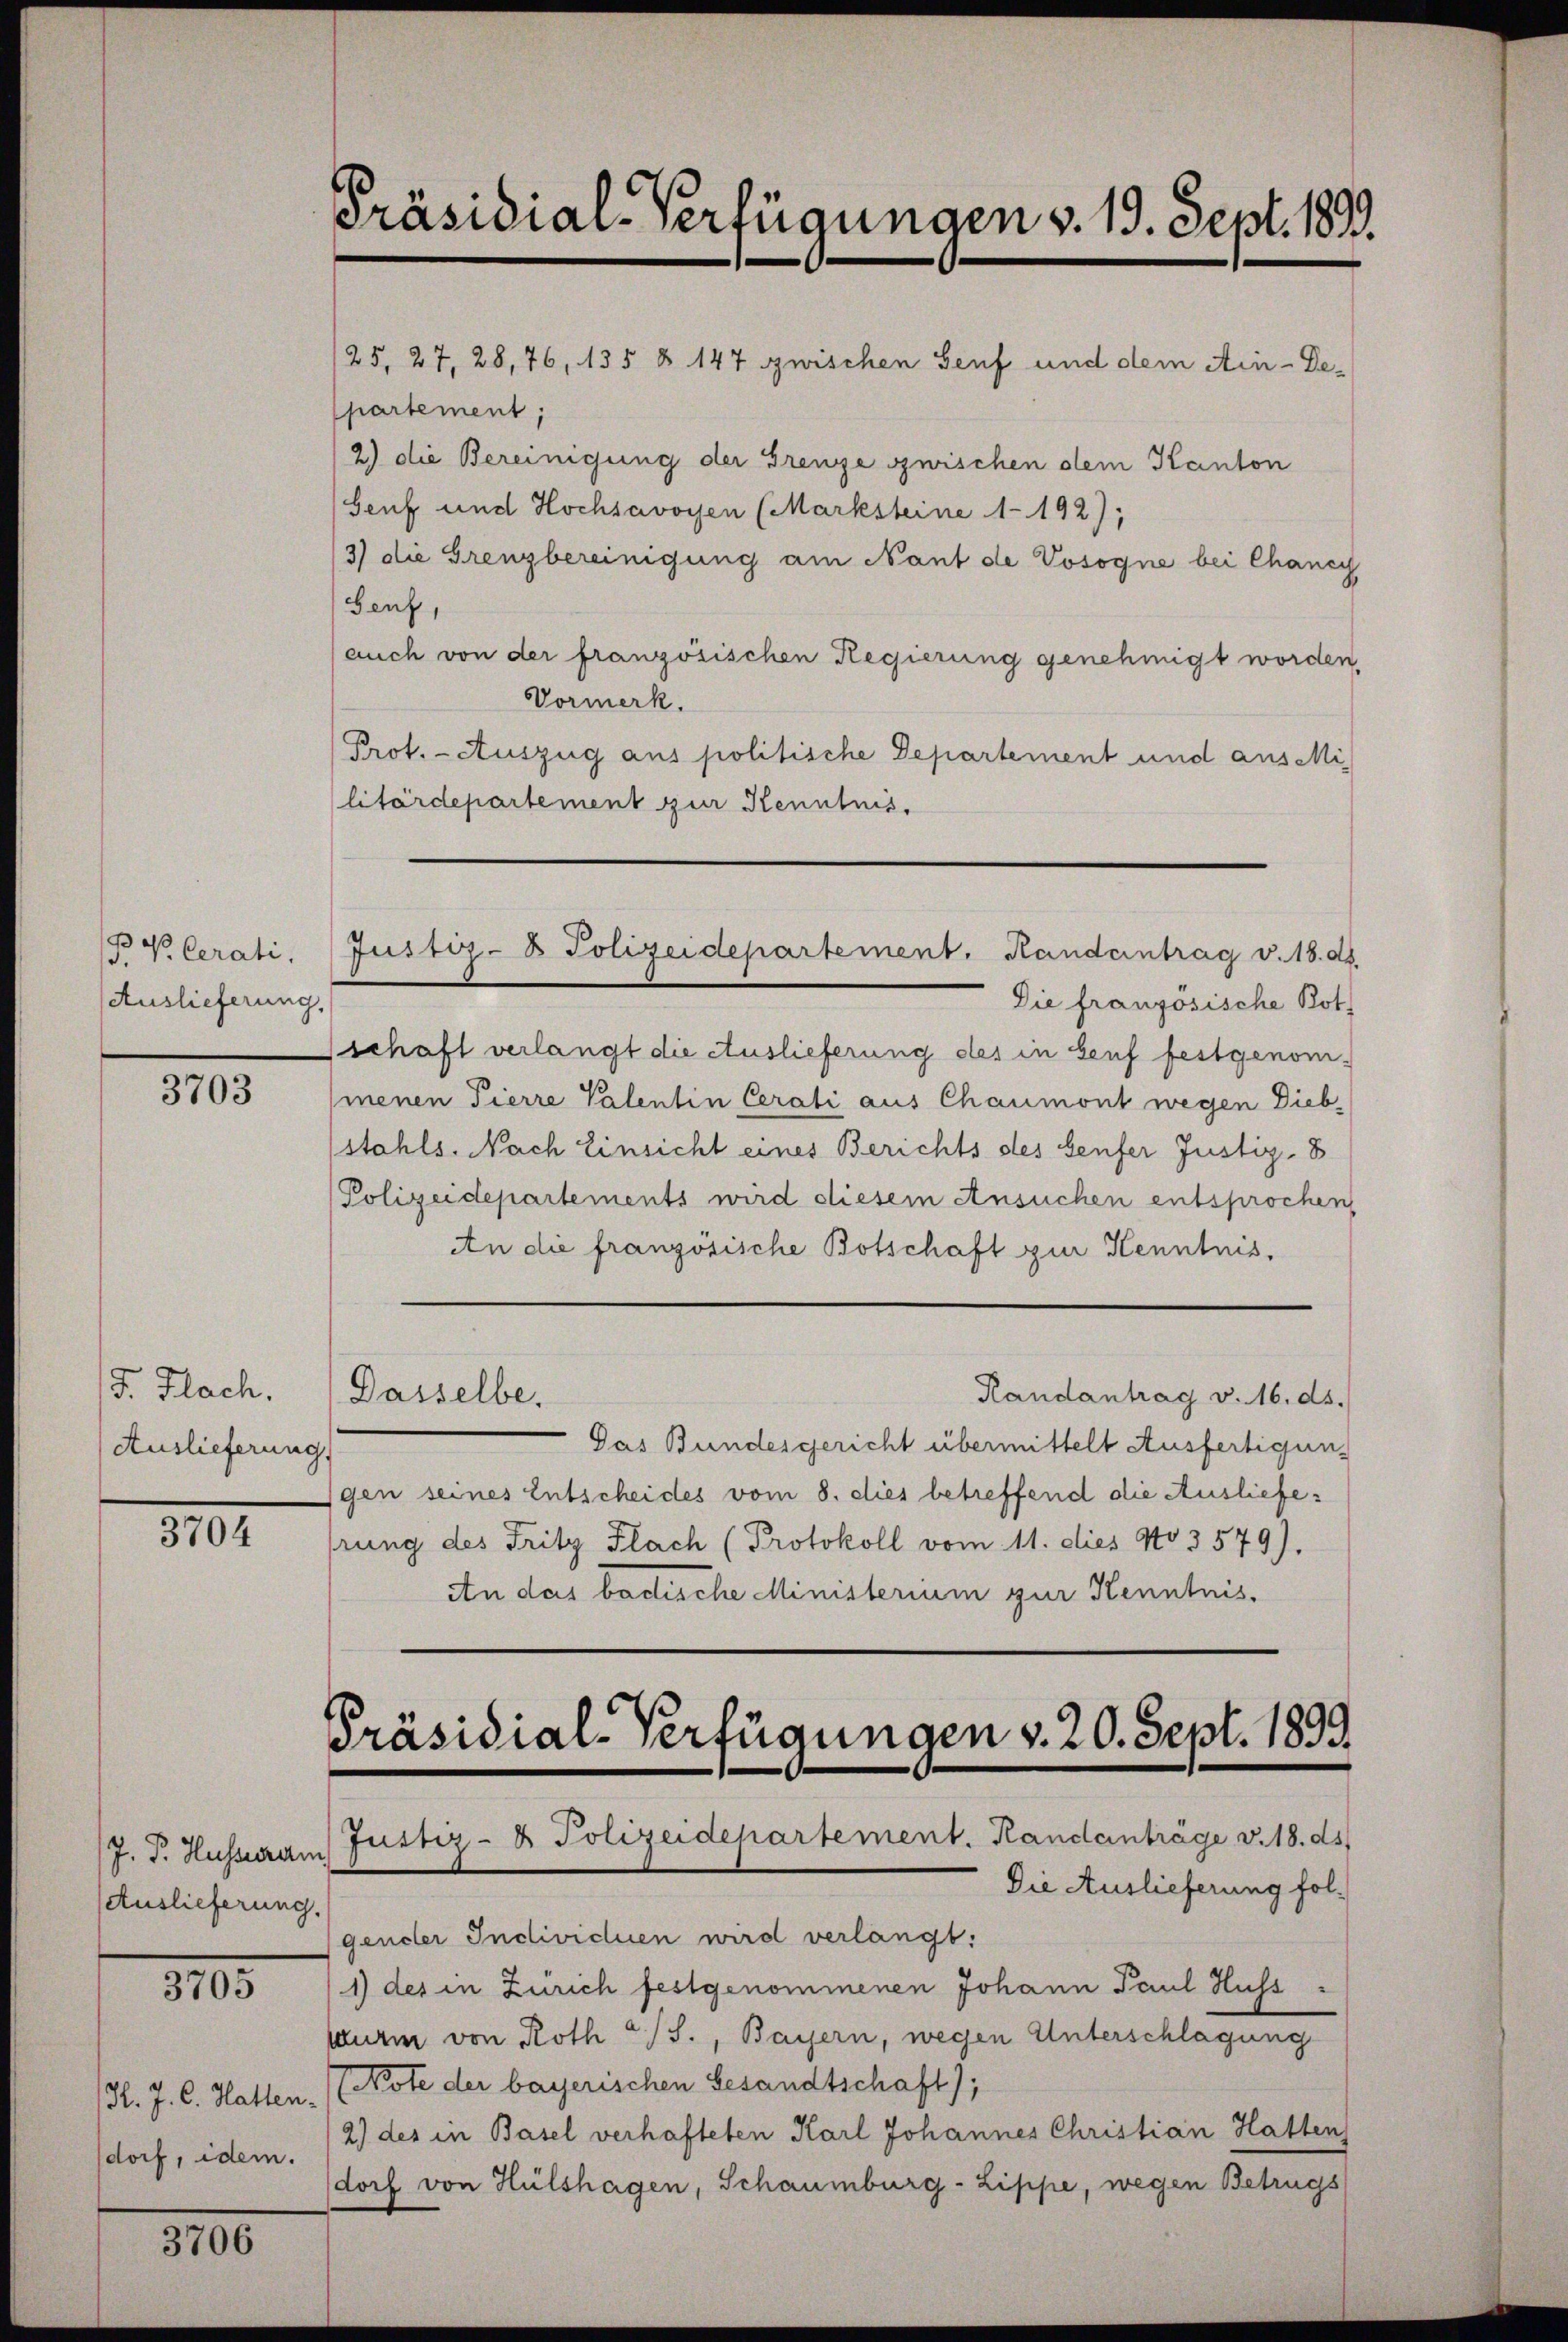
B
5. V. Cerati,
Auslieferung.

3703

F. Flach.
Auslieferung

3101

Auslieferung.

3705

13. J. C. Hatten.
dorf, idem.

3100.

Präsidial-Verfügungen v. 19. Sept. 1893.

/25. 27, 28, 76, 135 § 147 zwischen Senf und dem Ain-Departement;
2) die Bereinigung der Grenze zwischen dem Kanton
Senf und Hochsavoyen (Marksteine 1-192);
/3) die Grenzbereinigung am Nant de Vosogne bei Chancy
Genf,
auch von der französischen Regierung genehmigt worden,
Vormerk.
Prot. - Auszug aus politische Departement und aus Militärdepartement zur Kenntnis.

Die französische Bot
schaft verlangt die Auslieferung des in Genf festgenommenen Pierre Valentin Cerati aus Chaumont wegen Dieb¬
(stahls. Nach Einsicht eines Berichts des Senfer Justiz- 8
Polizeidepartements wird diesem Ansuchen entsprochen
An die französische Botschaft zur Kenntnis,
Randantrag v. 16. ds.
Dasselbe,
Das Bundesgericht übermittelt Ausfertigung
gen seines Entscheides vom 8. dies betreffend die Auslieferung des Fritz Flach (Protokoll vom 11. dies No 3579).
An das badische Ministerium zur Kenntnis¬

Justiz- & Polizeidepartement. Handeintrag v. 18. ds.

Präsidial-Verfügungen v. 20. Sept. 1899
J. P. Husserram Justiz- & Polizeidepartement. Randanträge v. 18. ds.

Die Auslieferung folgender Individuen wird verlangt:
1) des in Zürich festgenommenen Johann Paul Huss
sturm von Roth a/S., Bayern, wegen Unterschlagung
(Note der bayerischen Gesandtschaft);
2) des in Basel verhafteten Karl Johannes Christian Hatten
dorf von Hülshagen, Schaumburg-Lippe, wegen Betrugs